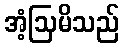
အံ့ဩမိသည်